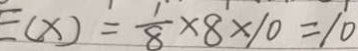
E ( x ) = \frac { 1 } { 8 } \times 8 \times 1 0 = 1 0